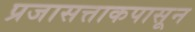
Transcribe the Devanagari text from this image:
प्रजासत्ताकपासून